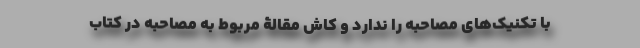
با تکنیک‌های مصاحبه را ندارد و کاش مقالۀ مربوط به مصاحبه در کتاب